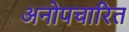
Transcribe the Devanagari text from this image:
अनोपचारित